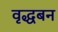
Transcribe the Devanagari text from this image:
वृद्धबन